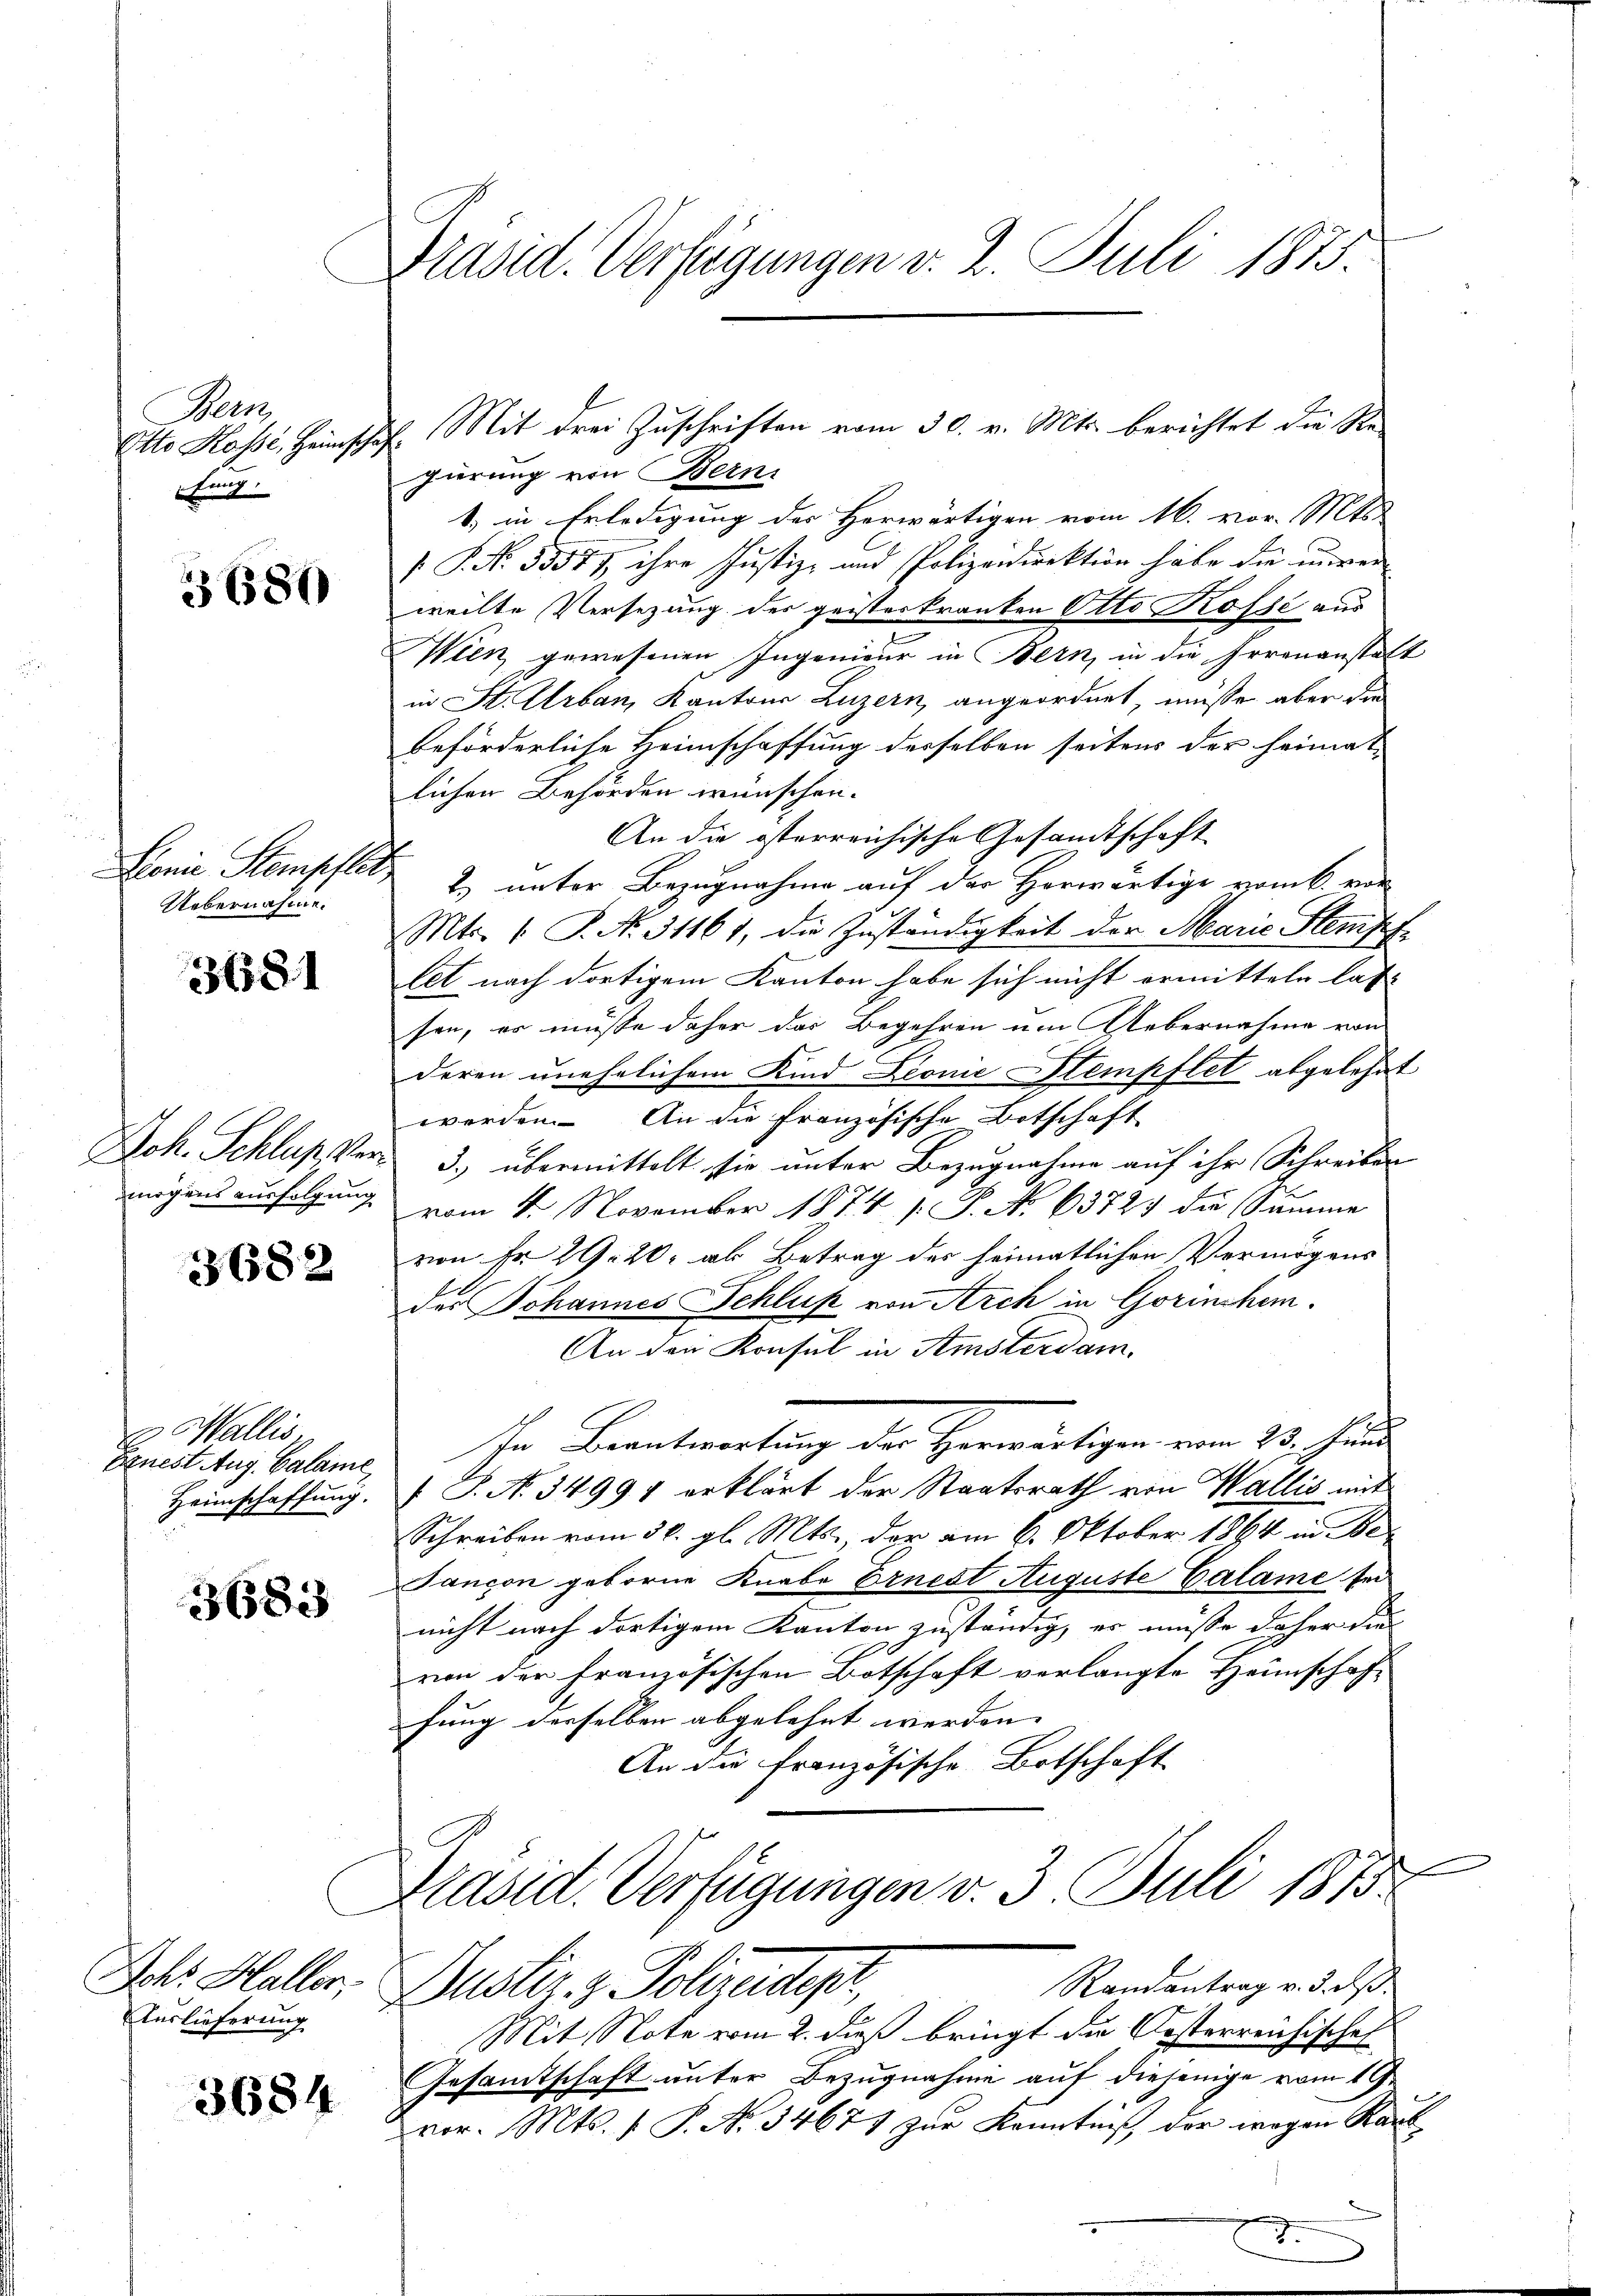
Bern
Otto Kasse, Heimsch
Enng.

3680

Uebernahme.

3681

Joh. Schluß von
mögens ausfolgung

3682

& Wallis,
Exnest Aug. Calame
Heimschaffung.

3683

Ichr Haller,
Auslieferung

3684

Präsid. Verfügungen v. 2. Juli 1873.

Mit drei Zuschriften vom 30. v. Mts. berichtet die Re-
gierung von Bern.
1, in Erledigung der Herwärtigen vom 16. vor. Mts.
.P. Nr. 35577, ihre Justiz- und Polizeidirektion habe die unver
weilte Versetzung des geisteskranken Otto Kofsé aus
2
Wien gewesenen Ingenieur in Bern, in die Irrenanstalt
in St. Urban, Kantons Luzern, angeordnet, müsse aber die
beförderliche Heimschaffung desselben seitens der heimat
lichen Behörden wünschen.
An die österreichische Gesandtschaft
Donie Stemps et 2. unter Bezugnahme auf der Herwärtige vom 6. vor
Mts. 1. P. Nr. 31161, die Zuständigkeit der Marie Stempf
let nach dortigem Kanton habe sich nicht ermitteln lass
sen, es müsse daher das Begehren um Uebernahme von
deren unehelichem Kind Leonie Stempflet abgelehnt
werden. An die Französische Botschaft
3.) übermittelt sie unter Bezugnahme auf ihr Schreiben
vom 4. November 1874 s. S. No 63724 die Summe
von Fr. 29. 20. als Betrag des heimatlichen Vermögens
des Johannes Schluß von Arch in Gorinshem.
An den Konsul in Amsterdam.
Ihr Beantwortung der Herwärtigen vom 23. Juni
 S. No. 34991 erklärt der Staatsrath von Wallis mit
Schreiben vom 30. gl. Mts., der am 6. Oktober 1864 in Be¬
Tancon geborne Knabe Ernest Auguste Calame fer
nicht nach dortigem Kanton zuständig, er müsse daher die
von der Französischen Botschaft verlangte Heimschaft
fung derselben abgelehnt werden. |
An die französische Botschaft
e
Präsid. Verfügungen v. 3. Juli 1873.
Randantrag v. 3. ds.
Justiz- & Polizeidiger,
Mit Note vom 2. dieß bringt die Kosterreichische
Gesamtschaft unter Bezugnahme auf diejenige vom 19.
vor. Mts. f. P. No 34677 zur Kenntniß der wegen Rank

.